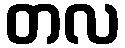
တလ